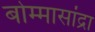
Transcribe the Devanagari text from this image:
बोम्मासांद्रा